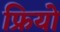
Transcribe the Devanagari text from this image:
फ्रियो